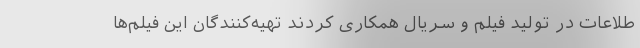
طلاعات در تولید فیلم و سریال همکاری کردند تهیه‌کنندگان این فیلم‌ها